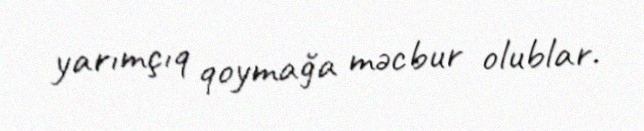
yarımçıq qoymağa məcbur olublar.